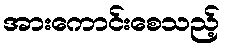
အားကောင်းစေသည့်